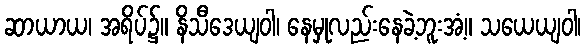
ဆာယာယ၊ အရိပ်၌။ နိသီဒေယျဝါ၊ နေမှုလည်းနေခဲ့ဘူးအံ့။ သယေယျဝါ၊